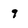
Character: 9